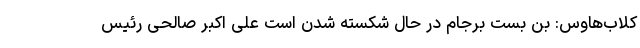
کلاب‌هاوس: بن بست برجام در حال شکسته شدن است علی اکبر صالحی رئیس